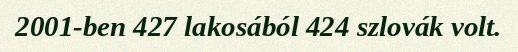
2001-ben 427 lakosából 424 szlovák volt.